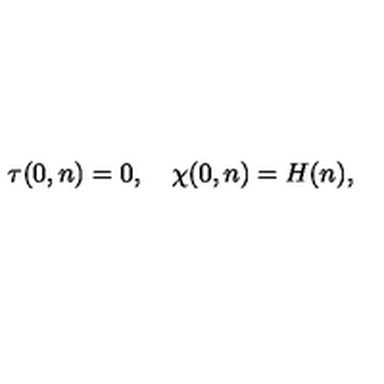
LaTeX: \tau ( 0 , n ) = 0 , \quad \chi ( 0 , n ) = H ( n ) ,